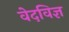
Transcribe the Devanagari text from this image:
वेदविज्ञ